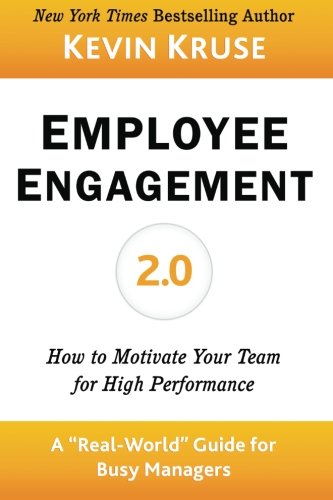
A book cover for Employee Engagement 2.0: How to Motivate Your Team for High Performance (A Real-World Guide for Busy Managers); Kevin E Kruse; Business & Money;